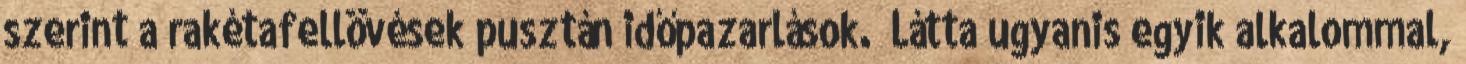
szerint a rakétafellövések pusztán időpazarlások. „Látta ugyanis egyik alkalommal,